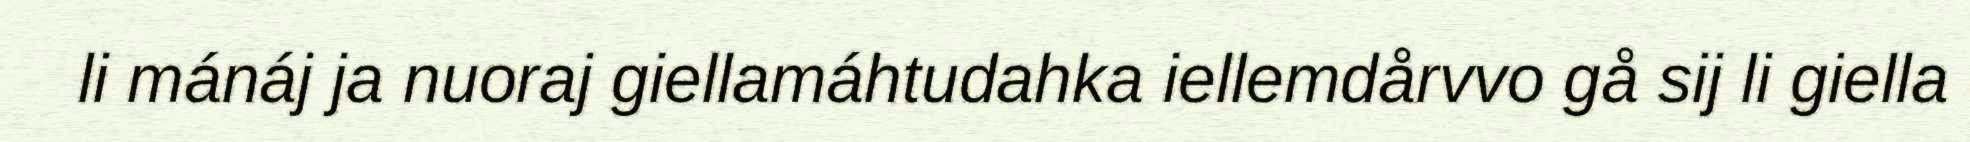
li mánáj ja nuoraj giellamáhtudahka iellemdårvvo gå sij li giella